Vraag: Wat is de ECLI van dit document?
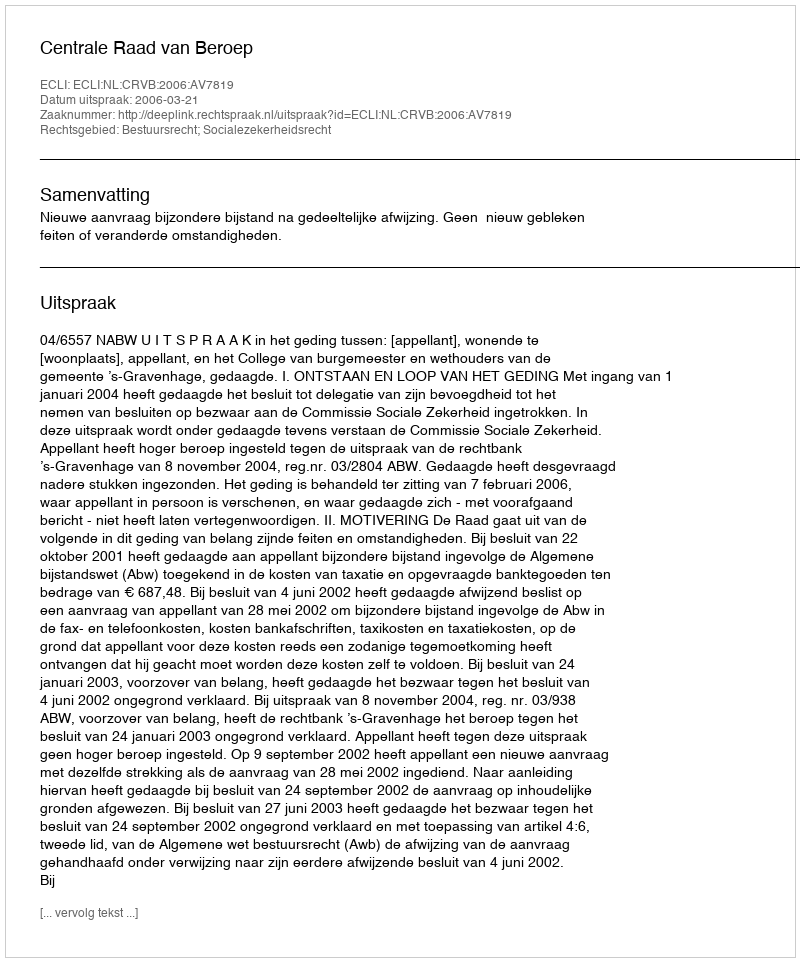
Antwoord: ECLI:NL:CRVB:2006:AV7819